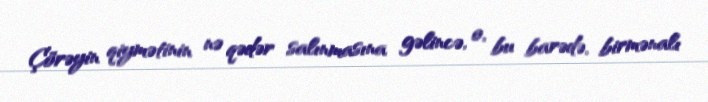
Çörəyin qiymətinin nə qədər salınmasına gəlincə, o, bu barədə, birmənalı